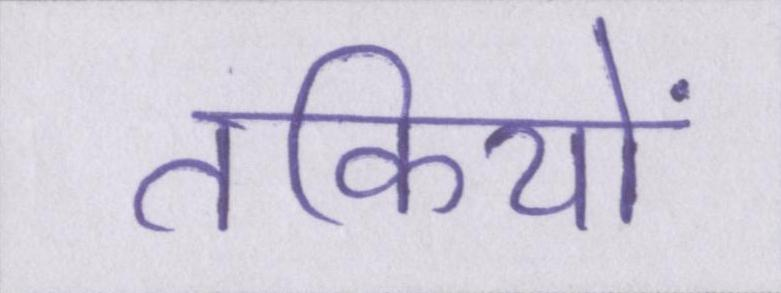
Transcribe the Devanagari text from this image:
तकियों